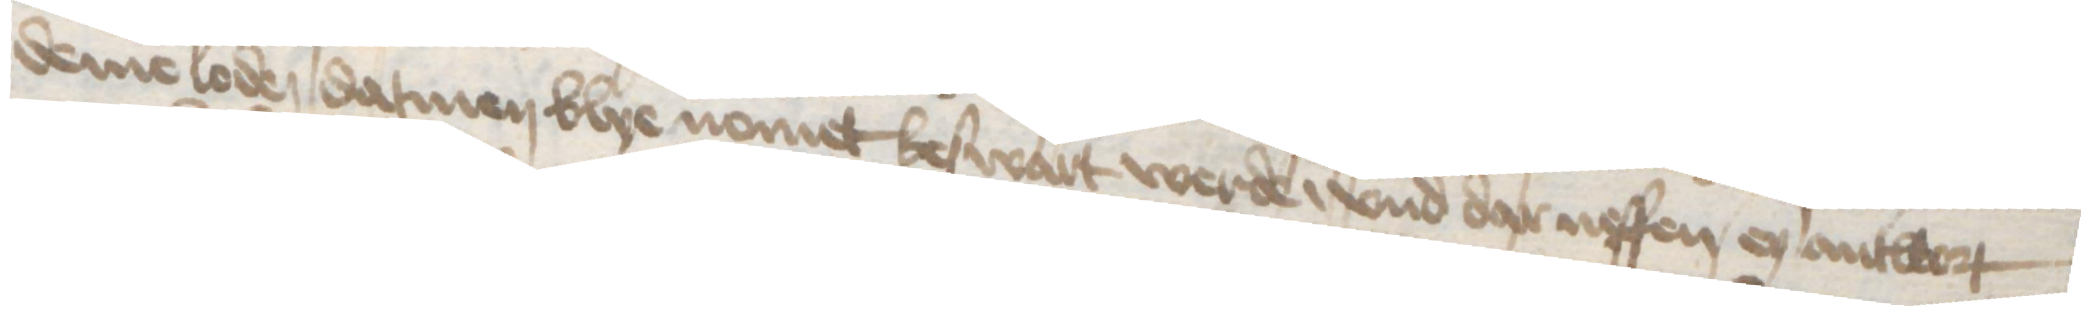
deme loden datmen blye nomet beswart werde, vnd dar neffen eyn antwort